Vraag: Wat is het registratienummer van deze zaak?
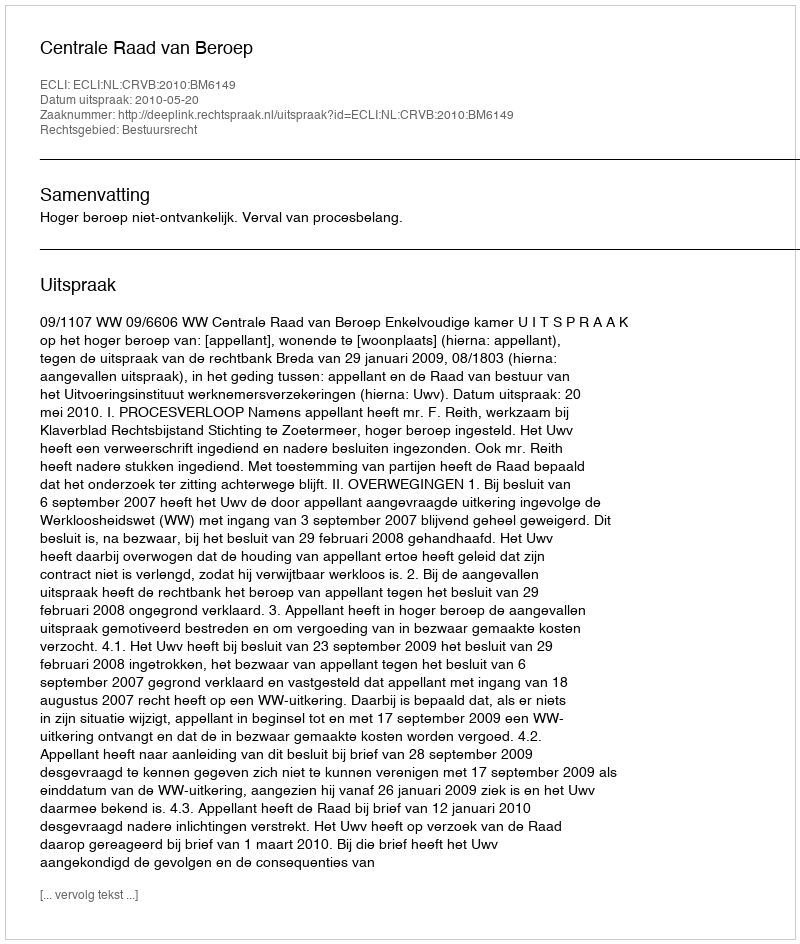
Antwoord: http://deeplink.rechtspraak.nl/uitspraak?id=ECLI:NL:CRVB:2010:BM6149